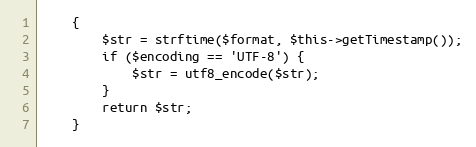
Language: PHP
	{
		$str = strftime($format, $this->getTimestamp());
		if ($encoding == 'UTF-8') {
			$str = utf8_encode($str);
		}
		return $str;
	}